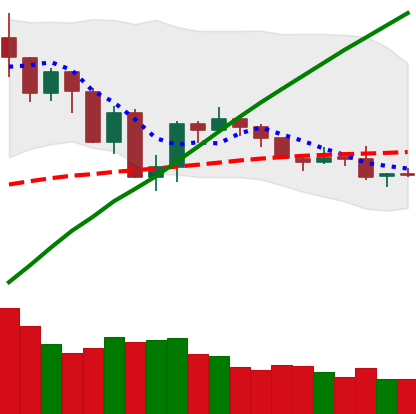
Ticker: BTC-USD
Chart end date: 2019-07-29
Forward return: 13.684%
Label: up_7plus